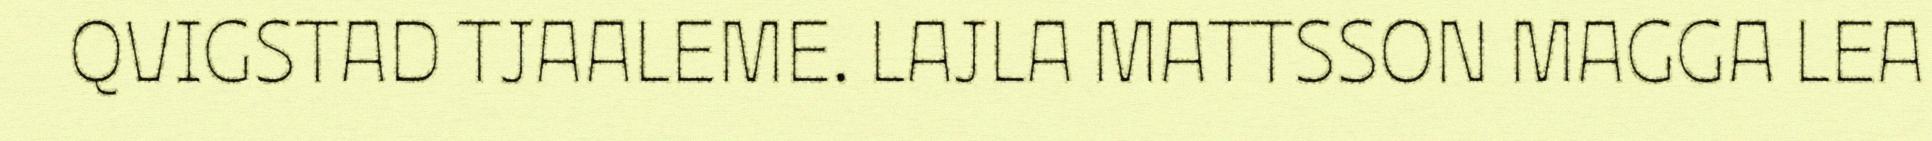
QVIGSTAD TJAALEME. LAJLA MATTSSON MAGGA LEA